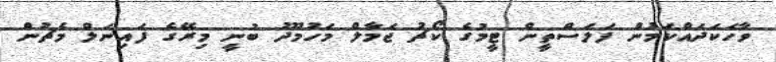
ވާހަކަދައްކަމުން ފަލަސްތީން ޓީމުގެ ކޯޗު ޖަމާލް މަހުމޫދު ބުނީ މިރޭގެ ފައިނަލް މެޗުން